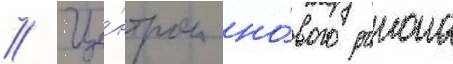
// Це́нтром но́вого раиона